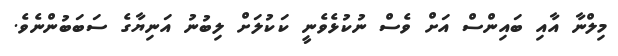
މިލްނާ އާއި ބައިންސް އަށް ވެސް ނުކުޅެވެނީ ކަކުލަށް ލިބުނު އަނިޔާގެ ސަބަބުންނެވެ.